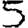
Digit: 5